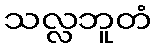
သလ္လဘူတံ